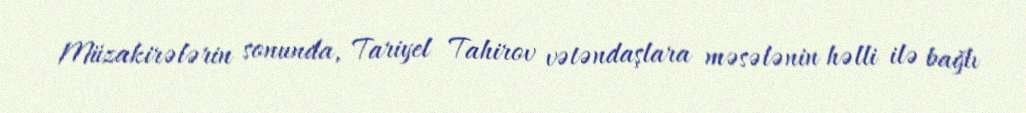
Müzakirələrin sonunda, Tariyel Tahirov vətəndaşlara məsələnin həlli ilə bağlı